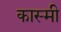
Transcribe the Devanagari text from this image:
कास्‍मी